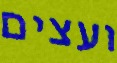
ועצים